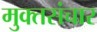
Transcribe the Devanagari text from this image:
मुक्तसंचार